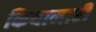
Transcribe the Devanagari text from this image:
कियामारी